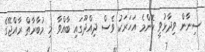
ސިނާން ވިދާޅުވީ ކޮންމެ އަހަރަކު ވެސް ދިއްދޫގައި ބާއްވާ މި މުބާރާތް ރާއްޖޭގެ